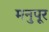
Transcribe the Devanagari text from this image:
मनुपूर